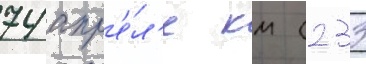
74 апр'е́л'е км (233